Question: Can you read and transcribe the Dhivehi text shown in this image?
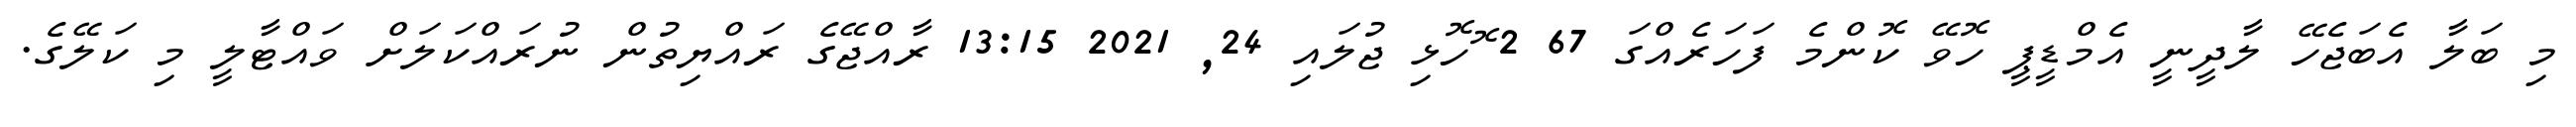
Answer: މި ބަލާ އެބަޖެހޭ ލާދީނީ އެމްޑީޕީ ހޮވޭ ކޮންމެ ފަހަރެއްގަ 67 2 ޮހޮޅި ޖުލައި 24, 2021 13:15 ރާއްޖޭގެ ރައްޔިތުން ނުރައްކަލަށް ވައްޓާލީ މި ކަލޭގެ.